Senior Leaving Certificate Examination (including Day School Certificate (Higher) General paper), 1950
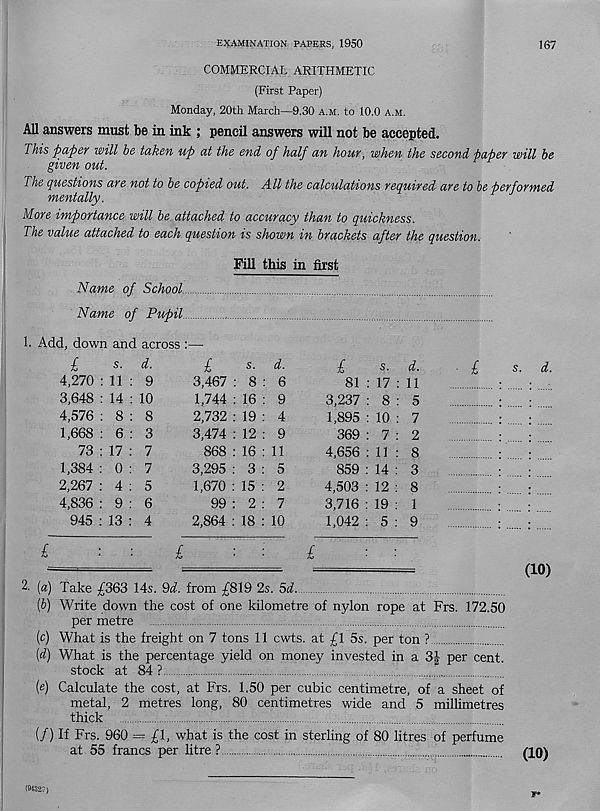
EXAMINATION PAPERS, 1950
167
COMMERCIAL ARITHMETIC
(First Paper)
Monday, 20th March—9.30 a.m. to 10.0 a.m.
All answers must be in ink ; pencil answers will not be accepted.
This paper will he taken up at the end of half an hour, when the second paper will he
given out.
The questions are not to he copied out. All the calculations required are to he performed
mentally.
More importance will he attached to accuracy than to quickness.
The value attached to each question is shown in brackets after the question.
Fill this in first
Name of School..
Name of Pupil.
1. Add, down and across
i
s.
d.
4,270 : 11 : 9
3,648 : 14 : 10
4,576 : 8 : 8
1,668 : 6 : 3
73 : 17 : 7
1,384 : 0 : 7
2,267 : 4 : 5
4,836 : 9 : 6
945 : 13 : 4
l
s-
d.
3,467 : 8 : 6
1,744 : 16 : 9
2,732 : 19 : 4
3,474 : 12 : 9
868 : 16 : 11
3,295 : 3 : 5
1,670 : 15 : 2
99 : 2 : 7
2,864 : 18 : 10
-£
d.
81 : 17 : 11
3,237 : 8 : 5
1,895 : 10
l
s.
d.
369 : 7 :
4,656 : 11 :
859 : 14 :
4,503 : 12 :
3,716 : 19 :
1,042 : 5 :
£
£
2. {a) Take £363 14s. 9d. from £819 2s. 5d
{b) Write down the cost of one kilometre of nylon rope at Frs. 172.50
per metre
(c) What is the freight on 7 tons 11 cwts. at £1 5s. per ton ?
[d) What is the percentage yield on money invested in a 3| per cent.
stock at 84 ?
{e) Calculate the cost, at Frs. 1.50 per cubic centimetre, of a sheet of
metal, 2 metres long, 80 centimetres wide and 5 millimetres
thick
(/) If Frs. 960 = £1, what is the cost in sterling of 80 litres of perfume
at 55 francs per litre ?
(10)
(10)
F*
(9432?)